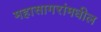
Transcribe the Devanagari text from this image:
महासागरांमधील